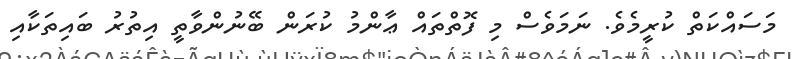
މަސައްކަތް ކުރީމެވެ. ނަމަވެސް މި ފޮތްތައް ޢާންމު ކުރަން ބޭނުންވާތީ އިތުރު ބައިތަކާއި